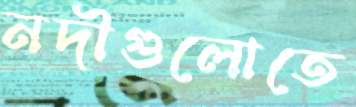
নদীগুলোতে